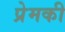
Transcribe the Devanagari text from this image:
प्रेमकी